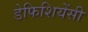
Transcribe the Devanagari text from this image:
डेफिशियेंसी